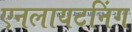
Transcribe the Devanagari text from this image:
एनलायटनिंग